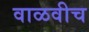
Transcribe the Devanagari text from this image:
वाळवीच